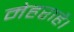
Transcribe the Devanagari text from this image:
मेहराहै।